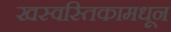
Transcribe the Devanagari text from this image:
खस्वस्तिकामधून